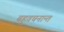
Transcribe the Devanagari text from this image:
बहुवचनान्त